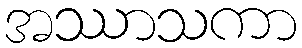
အဿာသကာ